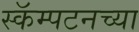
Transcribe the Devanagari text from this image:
स्कॅम्पटनच्या